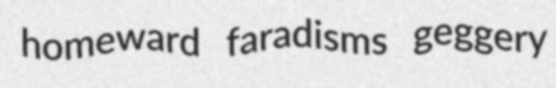
homeward faradisms geggery